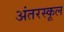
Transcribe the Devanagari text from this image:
अंतरस्कूल